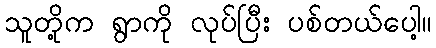
သူတို့က ရွာကို လုပ်ပြီး ပစ်တယ်ပေါ့။